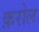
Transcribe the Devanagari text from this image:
क़रोल